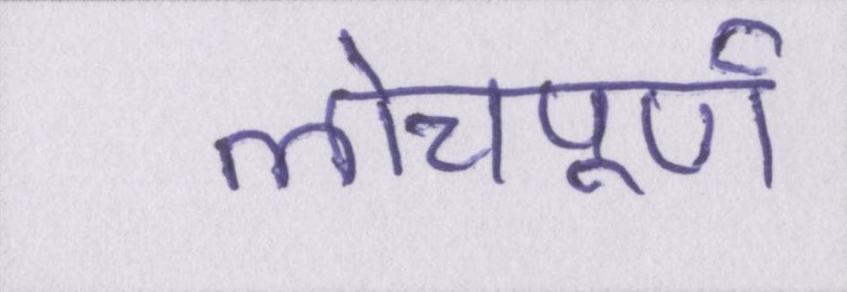
लोचपूर्ण